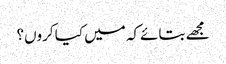
مجھے بتائےکہ میں کیا کروں؟